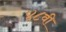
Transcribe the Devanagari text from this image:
४८वी